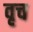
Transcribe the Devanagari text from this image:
वृच